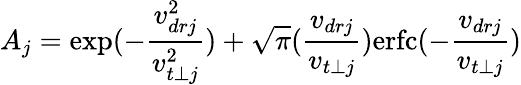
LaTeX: A_{j}=\exp(-\frac{v_{drj}^{2}}{v_{t\perp j}^{2}})+\sqrt{\pi}(\frac{v_{drj}}{v_{t\perp j}})\mathrm{erfc}(-\frac{v_{drj}}{v_{t\perp j}})